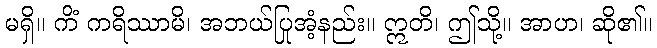
မရှိ။ ကိံ ကရိဿာမိ၊ အဘယ်ပြုအံ့နည်း။ ဣတိ၊ ဤသို့။ အာဟ၊ ဆို၏။